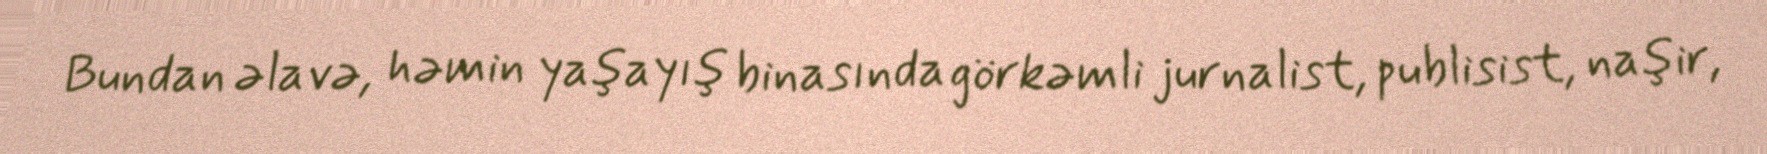
Bundan əlavə, həmin yaşayış binasında görkəmli jurnalist, publisist, naşir,